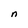
Character: n